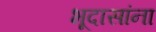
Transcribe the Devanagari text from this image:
भूदासांना